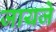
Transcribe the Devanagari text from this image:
जायजे